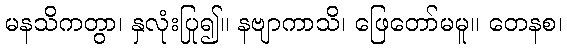
မနသိကတွာ၊ နှလုံးပြု၍။ နဗျာကာသိ၊ ဖြေတော်မမူ။ တေနစ၊